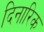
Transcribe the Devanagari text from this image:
दिनारिक